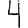
Digit: 4